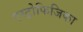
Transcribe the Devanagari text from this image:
एस्ट्रोफिजिका